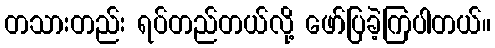
တသားတည်း ရပ်တည်တယ်လို့ ဖော်ပြခဲ့ကြပါတယ်။